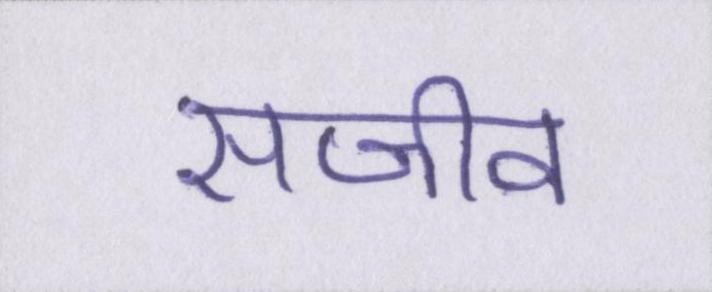
सजीव